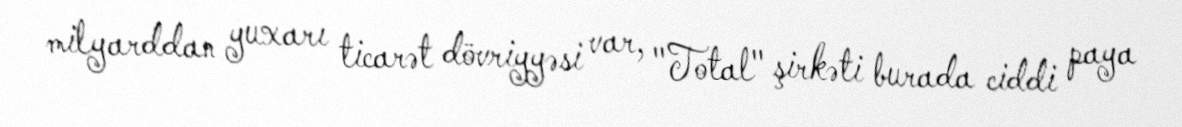
milyarddan yuxarı ticarət dövriyyəsi var, "Total" şirkəti burada ciddi paya